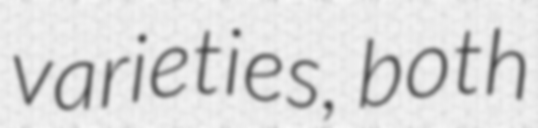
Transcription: varieties, both